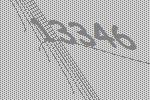
13346